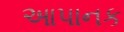
આપાનક